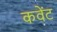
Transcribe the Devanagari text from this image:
कवेंट